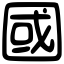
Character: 國